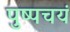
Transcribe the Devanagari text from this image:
पुष्पचयं